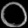
Digit: ၀